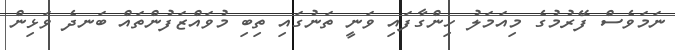
ނަމަވެސް ފޭރުމުގެ މިއަމަލު ހިންގާފައި ވަނީ ތަނުގައި ތިބި މުވައްޒަފުންތައް ބަނދެ ވަޅިން